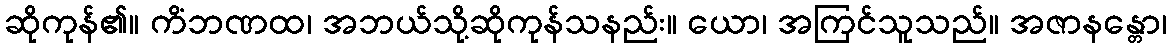
ဆိုကုန်၏။ ကိံဘဏထ၊ အဘယ်သို့ဆိုကုန်သနည်း။ ယော၊ အကြင်သူသည်။ အဇာနန္တော၊